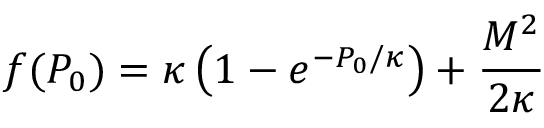
f ( P _ { 0 } ) = \kappa \left( 1 - e ^ { - P _ { 0 } / \kappa } \right) + \frac { { \cal M } ^ { 2 } } { 2 \kappa }